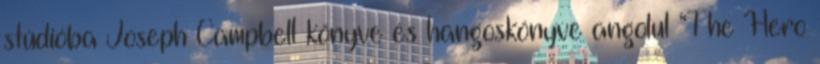
stúdióba Joseph Campbell könyve és hangoskönyve angolul “The Hero